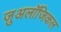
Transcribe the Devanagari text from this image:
ज़ुअलॉजिकल